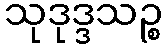
သုဒုဒ္ဒသဉ္စ